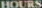
HOURS